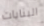
البنايات